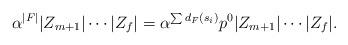
LaTeX: \begin{align*} \alpha^{|F|} |Z_{m+1}| \cdots |Z_f| = \alpha^{\sum d_F(s_i)} p^0 |Z_{m+1}| \cdots |Z_f|.\end{align*}